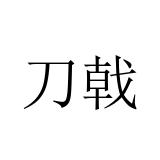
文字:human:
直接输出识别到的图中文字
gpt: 刀戟